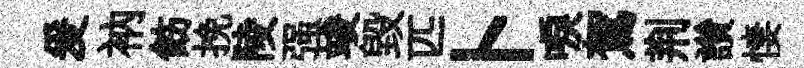
爰衲飭挽陵强竣毀匹卜唳駕荆讚悽